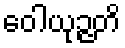
ဝေါယုဉ္ဇတိ